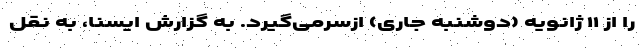
را از ۱۱ ژانویه (دوشنبه جاری) ازسرمی‌گیرد. به گزارش ایسنا، به نقل